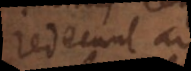
reducunt ad